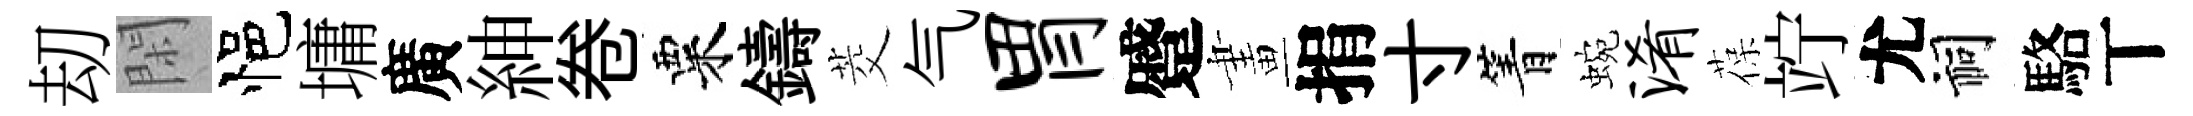
刧閑悒墉廣紳卷粟鑄茭气胃蹙畫捐寸箐蜿淆葆竚尤祠駱丅